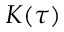
K ( \tau )